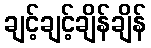
ချင့်ချင့်ချိန်ချိန်